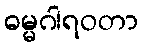
ဓမ္မဂါရဝတာ